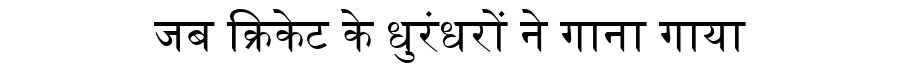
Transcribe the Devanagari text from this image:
जब क्रिकेट के धुरंधरों ने गाना गाया